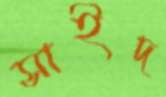
সাইদ